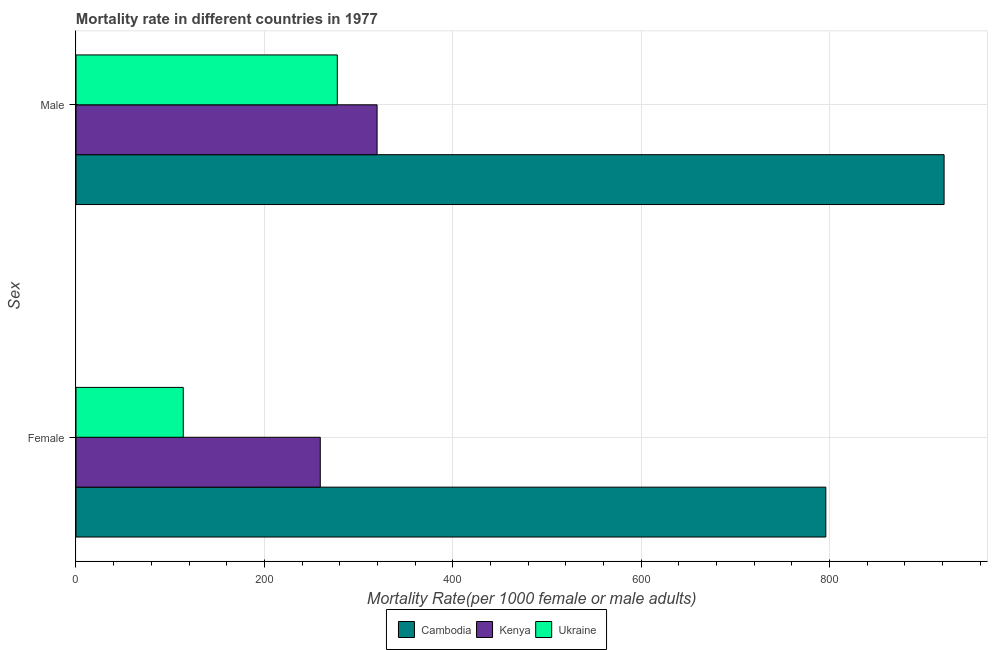
| Sex | Cambodia | Kenya | Ukraine |
 | --- | --- | --- | --- |
 | Female | 796 | 259 | 114 |
 | Male | 922 | 320 | 277 |